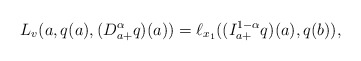
\begin{align*}L_{v}(a,q(a),(D_{a+}^{\alpha}q)(a))= \ell_{x_1} ((I^{1-\alpha}_{a+} q)(a),q(b) ) , \end{align*}